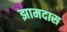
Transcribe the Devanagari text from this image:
झामदास